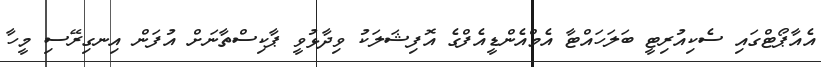
އެއާޕޯޓްގައި ސެކިއުރިޓީ ބަލަހައްޓާ އެމްއެންޑީއެފްގެ އޮފިޝަލަކު ވިދާޅުވީ ޕާކިސްތާނަށް އުފަން އިނގިރޭސި މީހާ